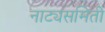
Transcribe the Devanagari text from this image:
नाट्यसमिती